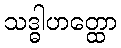
သဒ္ဓါဟတ္ထော